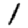
Digit: 1